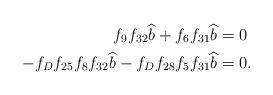
LaTeX: \begin{align*}f_9f_{32}\widehat{b} + f_6f_{31}\widehat{b} &= 0 \\-f_Df_{25}f_8f_{32}\widehat{b} - f_Df_{28}f_5f_{31}\widehat{b} &= 0. \end{align*}